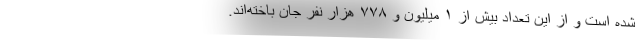
شده است و از این تعداد بیش از ۱ میلیون و ۷۷۸ هزار نفر جان باخته‌اند.